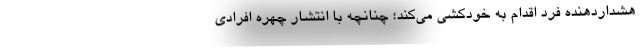
هشداردهنده فرد اقدام به خودکشی می‌کند؛ چنانچه با انتشار چهره افرادی